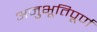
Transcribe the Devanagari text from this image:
अनुभूतिपूर्ण